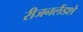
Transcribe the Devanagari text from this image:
रीजनलैंडशे